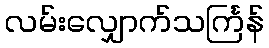
လမ်းလျှောက်သင်္ကြန်